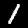
Digit: 1